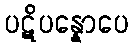
ပဋိပန္နောပေ